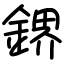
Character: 鎅